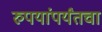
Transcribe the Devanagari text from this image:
रुपयांपर्यंतचा